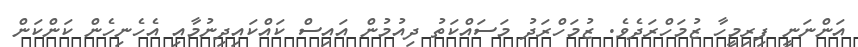
އަންނަނީ ފިރިމީހާ ޒުމަހްރަދެވެެ. ޒުމަހްރަދު މަސައްކަތު ދިއުމުން އައިސް ކައްކައިދިނުމާއި އެހެނިހެން ކަންކަން